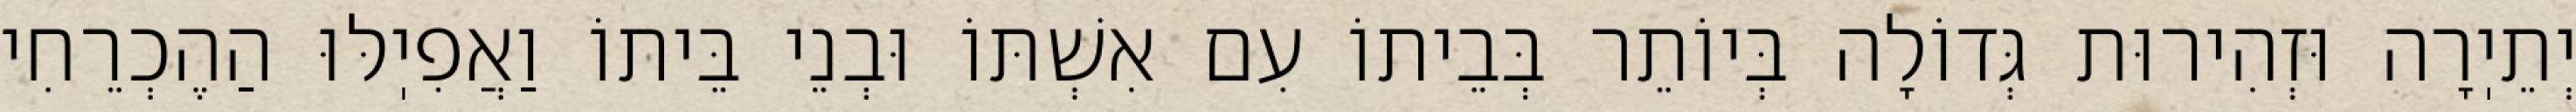
יְתֵיֽרָה וּזְהִירוּת גְּדוֹלָה בְּיוֹתֵר בְּבֵיתוֹ עִם אִשְׁתּוֹ וּבְנֵי בֵּיתוֹ וַאֲפִיֽלּוּ הַהֶכְרֵחִי